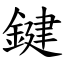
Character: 鍵